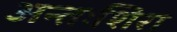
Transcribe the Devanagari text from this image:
अन्तःशिरा